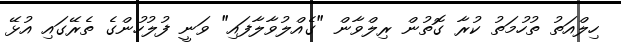
ހިލްއަތު ތުހުމަތު ކުރާ ގޮތުން ރިލްވާން "ގެއްލުވާލާފައި" ވަނީ ފުލުހުންގެ ތެރޭގައި އުޅޭ